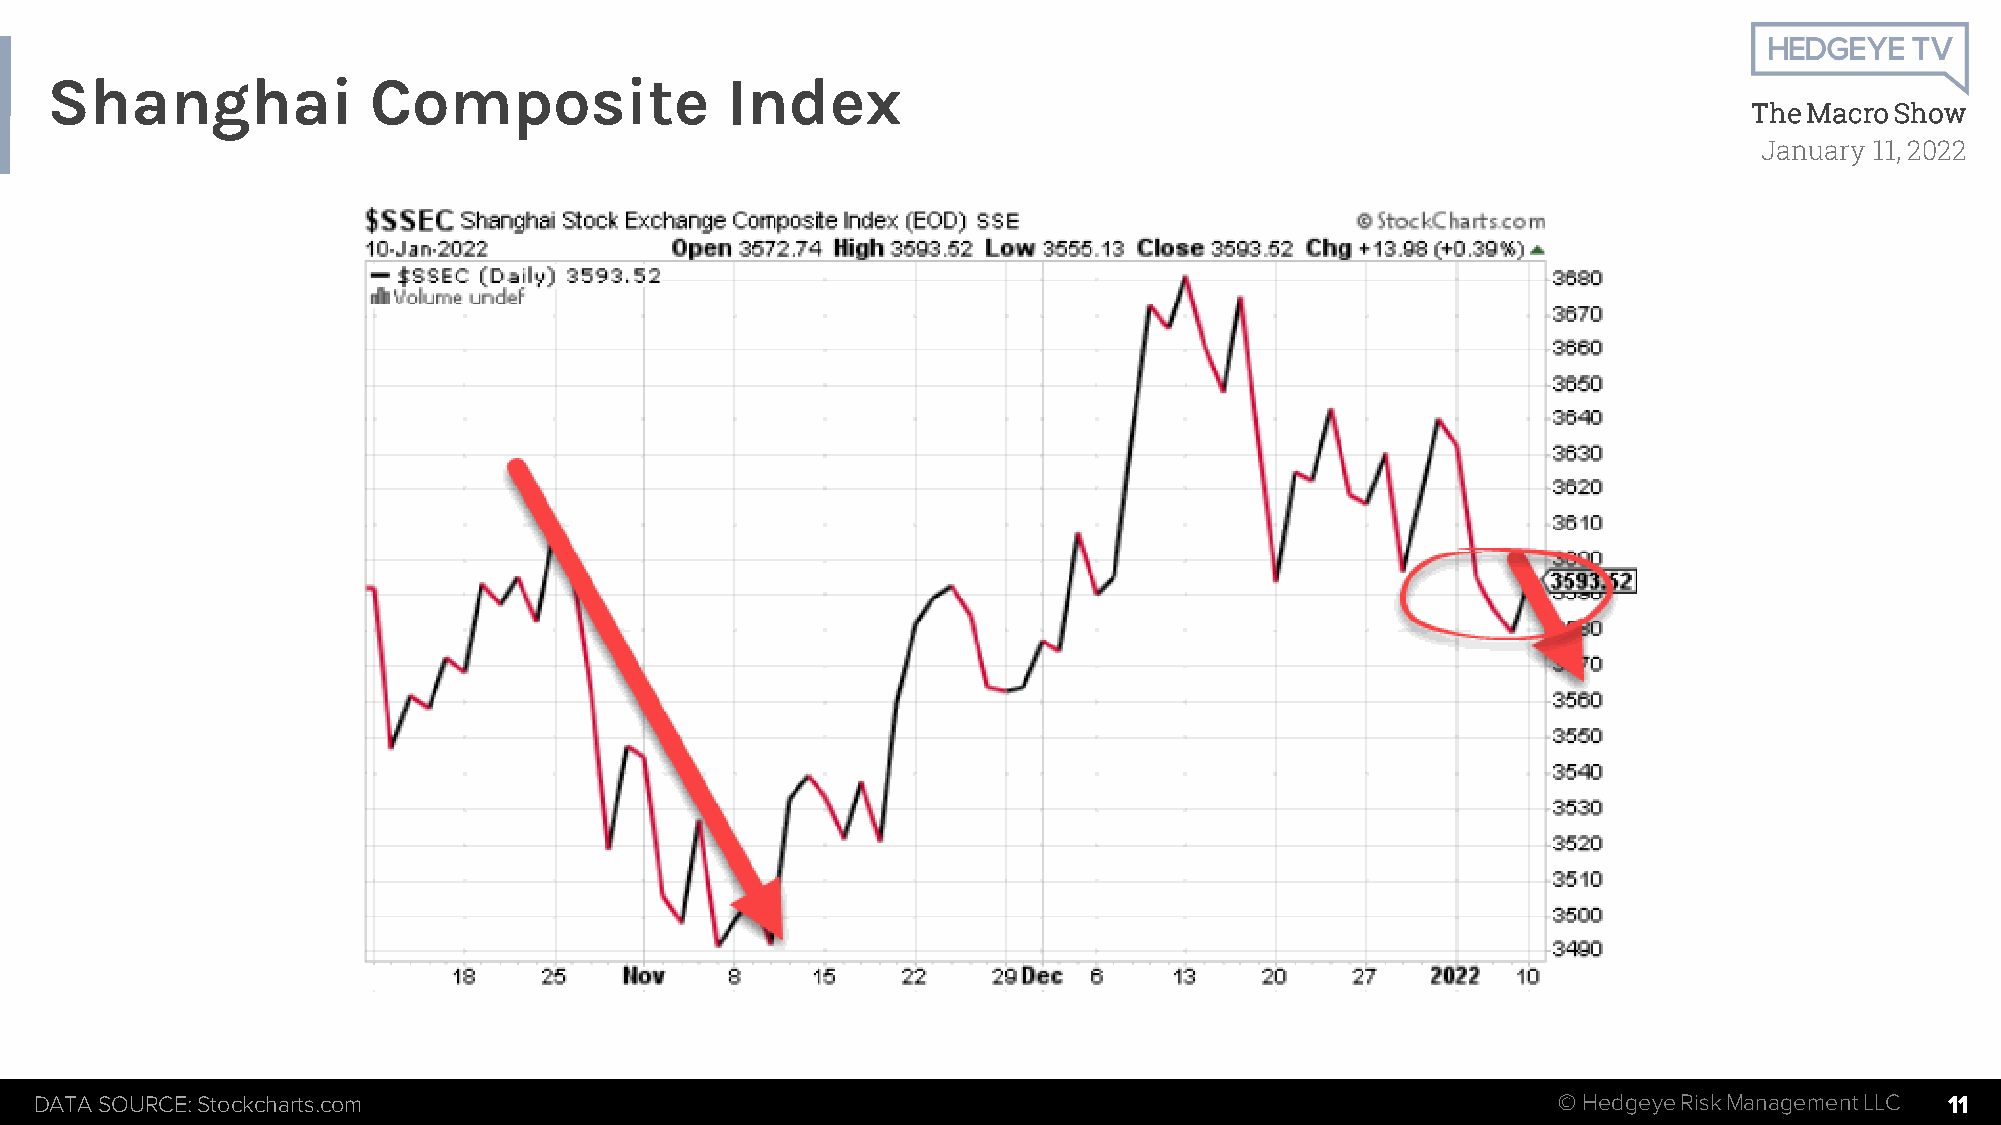
Shanghai             Composite               Index
 The Macro Show
 January 11, 2022
 DATA SOURCE: Stockcharts.com                                                                         © HedgeyeRiskManagement LLC 11